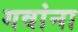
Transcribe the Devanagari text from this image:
गवांना